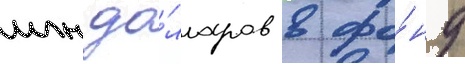
млн до́лларов в фо́нд